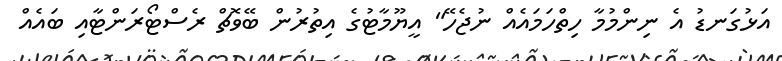
އަޅުގަނޑު އެ ނިންމުމާ ހިތްހަމައެއް ނުޖެހޭ" އީޔޫމާޓުގެ އިތުރުން ބޭވޮޗް ރެސްޓޯރަންޓާއި ބައެއް